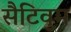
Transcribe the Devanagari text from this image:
सैटिवुम